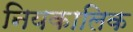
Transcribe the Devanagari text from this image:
नियकालिक